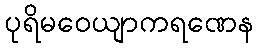
ပုရိမဝေယျာကရဏေန